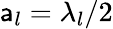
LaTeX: \mathsf{a}_{l}=\lambda_{l}/2